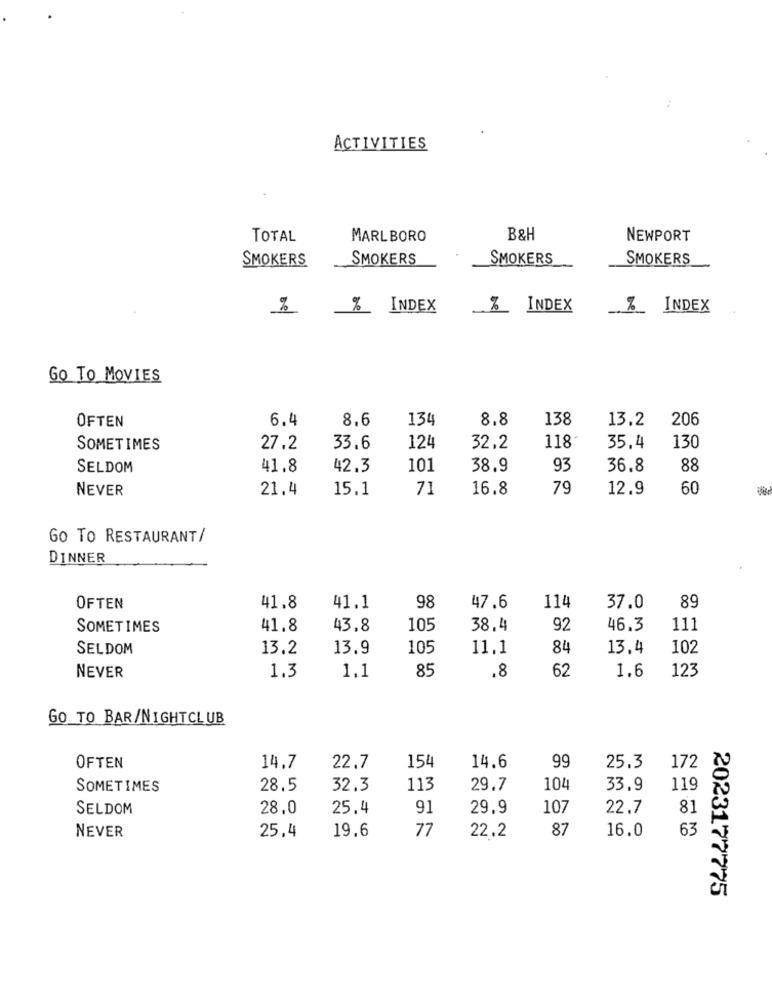
ACTIVITIES
TOTAL
MARLBORO
B&H
NEWPORT
SMOKERS
SMOKERS
SMOKERS
SMOKERS
%
%_ INDEX
_% INDEX
%_ INDEX
Go TO MOVIES
OFTEN
6.4
8.6
134
8.8
138
13.2
206
SOMETIMES
27.2
33.6
124
32.2
118
35.4
130
SELDOM
41.8
42.3
101
38.9
93
36.8
88
NEVER
21.4
15.1
71
16.8
79
12.9
60
GO TO RESTAURANT/
DINNER
OFTEN
41.8
41.1
98
47.6
114
37.0
89
SOMETIMES
41.8
43.8
105
38.4
92
46.3
111
SELDOM
13.2
13.9
105
11.1
84
13.4
102
1.3
85
62
1.6
123
NEVER
1.1
.8
GO TO BAR/NIGHTCLUB
OFTEN
14.7
22.7
154
14.6
99
25.3
172
SOMETIMES
28.5
32.3
113
29.7
104
33.9
119
SELDOM
28.0
25.4
91
29.9
107
22.7
81
19.6
77
87
16.0
63
NEVER
25,4
22.2
2023177775